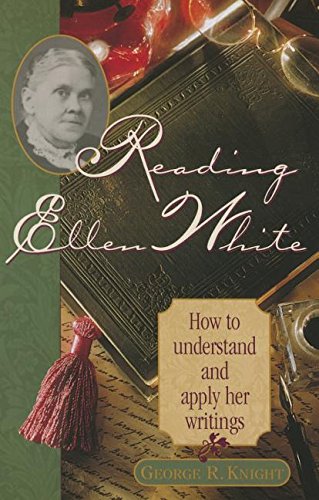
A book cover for Reading Ellen White: How to Understand and Apply Her Writings; George R. Knight; Christian Books & Bibles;